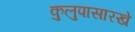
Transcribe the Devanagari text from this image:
कुलुपासारखे